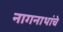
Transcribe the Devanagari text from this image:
नागनाथांचे